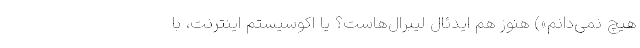
هیچ نمی‌دانم») هنوز هم ایدئال لیبرال‌هاست؟ یا اکوسیستم اینترنت، با